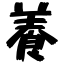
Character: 養